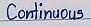
Continuous